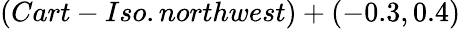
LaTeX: (Cart-Iso.northwest)+(-0.3,0.4)